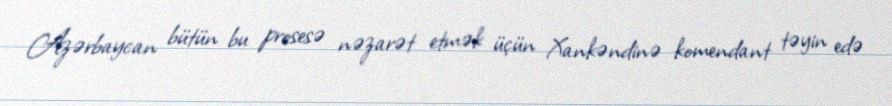
Azərbaycan bütün bu prosesə nəzarət etmək üçün Xankəndinə komendant təyin edə